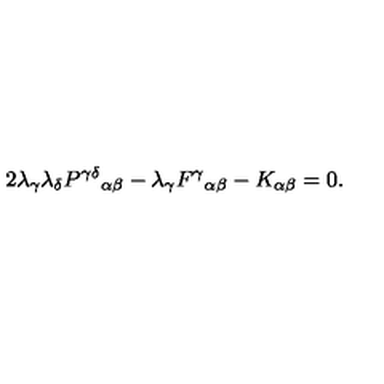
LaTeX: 2 \lambda _ { \gamma } \lambda _ { \delta } P ^ { \gamma \delta } { } _ { \alpha \beta } - \lambda _ { \gamma } F ^ { \gamma } { } _ { \alpha \beta } - K _ { \alpha \beta } = 0 .